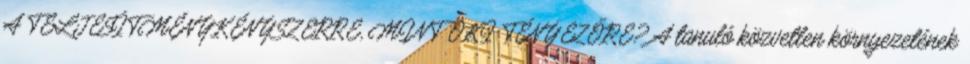
A TELJESÍTMÉNYKÉNYSZERRE, MINT OKI TÉNYEZŐRE? A tanuló közvetlen környezetének